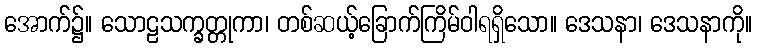
အောက်၌။ သောဠသက္ခတ္တုကာ၊ တစ်ဆယ့်ခြောက်ကြိမ်ဝါရရှိသော။ ဒေသနာ၊ ဒေသနာကို။